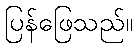
ပြန်ဖြေသည်။